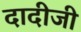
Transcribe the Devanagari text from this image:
दादीजी